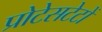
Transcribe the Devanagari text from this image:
प्रोटेसटेटों